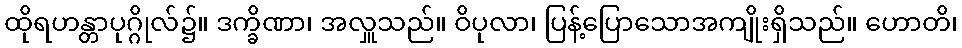
ထိုရဟန္တာပုဂ္ဂိုလ်၌။ ဒက္ခိဏာ၊ အလှူသည်။ ဝိပုလာ၊ ပြန့်ပြောသောအကျိုးရှိသည်။ ဟောတိ၊